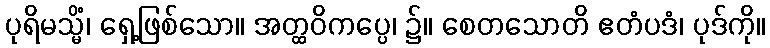
ပုရိမသ္မိံ၊ ရှေ့ဖြစ်သော။ အတ္ထဝိကပ္ပေ၊ ၌။ စေတသောတိ ဧတံပဒံ၊ ပုဒ်ကို။